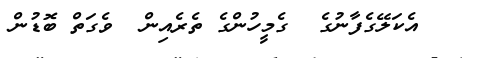
އެކަލޭގެފާނުގެ  ގެމީހުންގެ ތެރެއިން  ވެގަތް ބޮޑުން